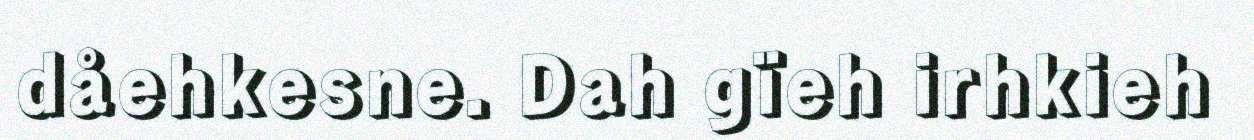
dåehkesne. Dah gïeh irhkieh